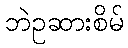
ဘဲဥဆားစိမ်